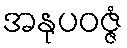
အနုပဝဇ္ဇံ